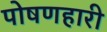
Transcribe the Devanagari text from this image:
पोषणहारी